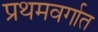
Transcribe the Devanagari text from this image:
प्रथमवर्गात